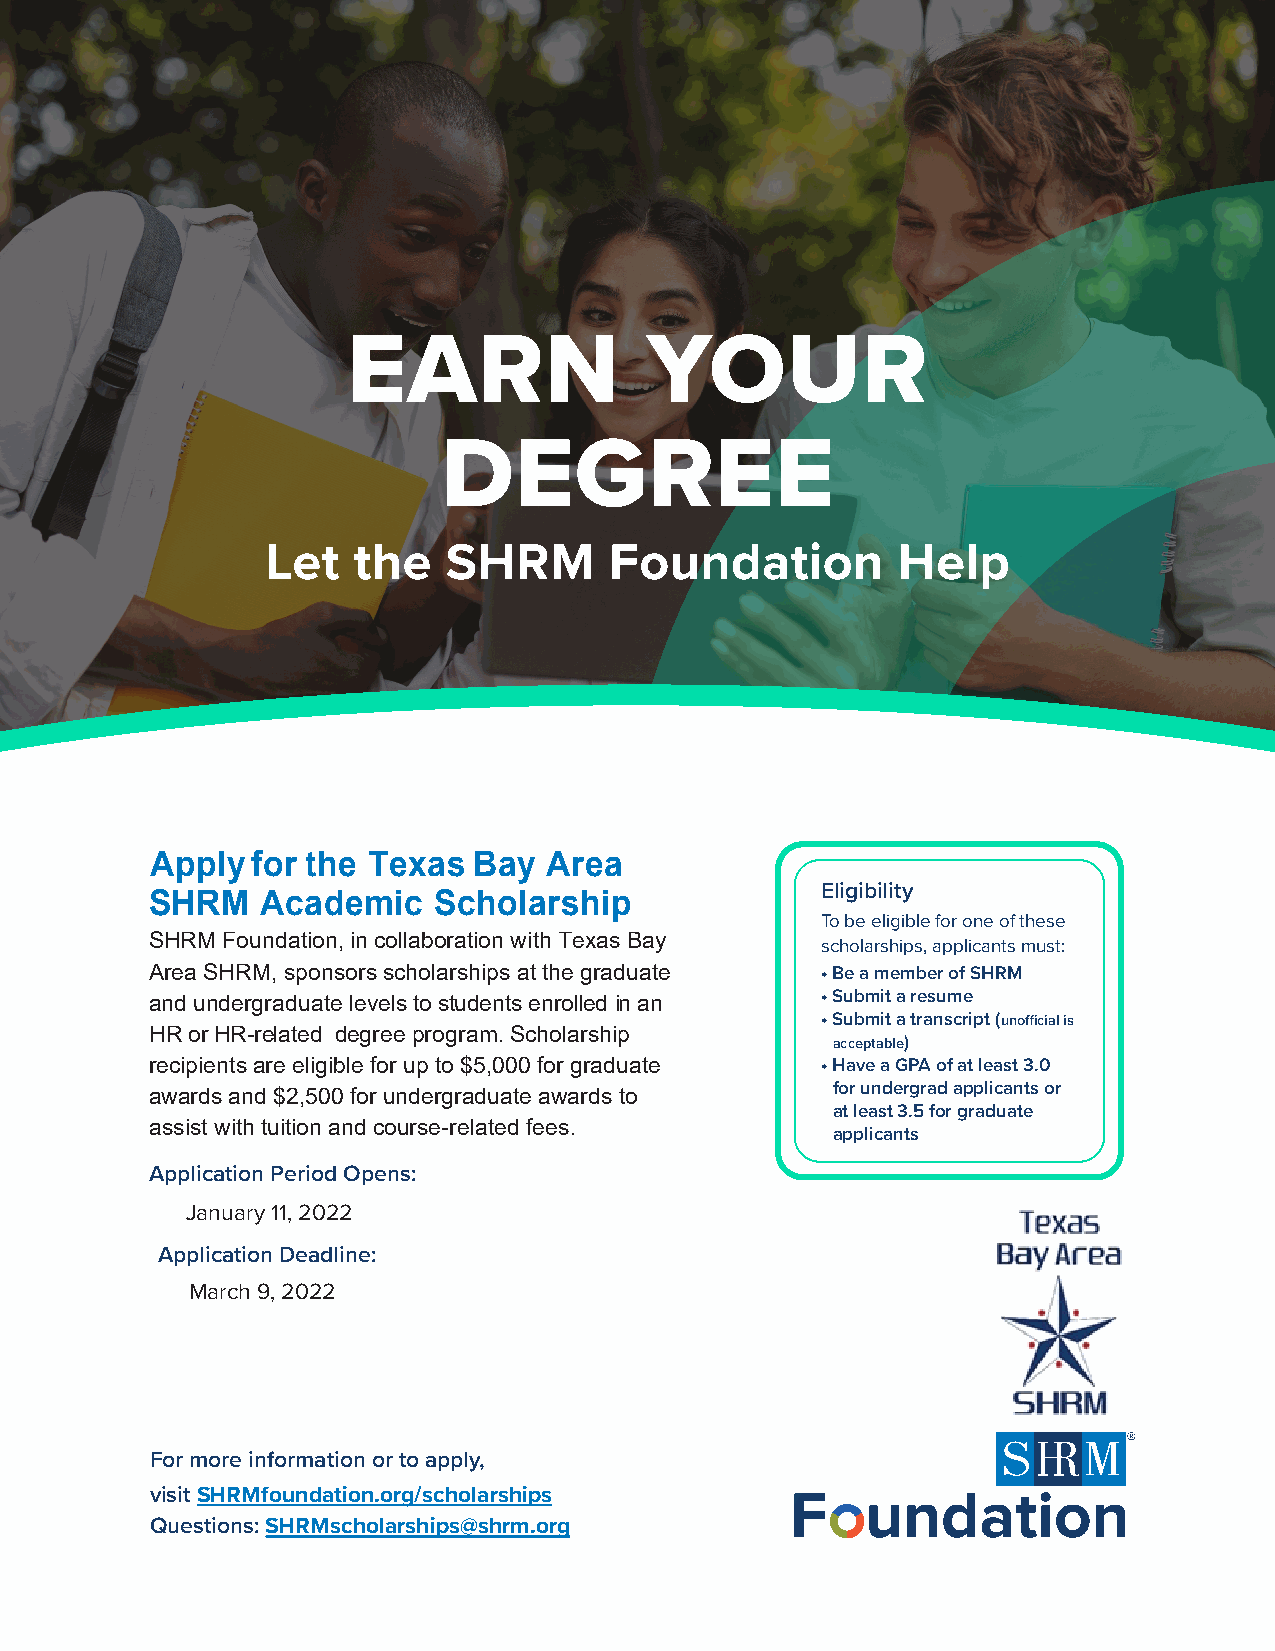
EARN                YOUR
 DEGREE
 Let  the    SHRM      Foundation         Help
 Apply  for the Texas Bay  Area
 Eligibility
 SHRM   Academic    Scholarship
 To be eligible for one of these
 SHRM Foundation, in collaboration with Texas Bay
 scholarships, applicants must:
 Area SHRM, sponsors scholarships at the graduate •Be a member of SHRM
 and undergraduate levels to students enrolled in an •Submit a resume
 •Submit a transcript (unofficial is
 HR or HR-related degree program. Scholarship
 acceptable)
 recipients are eligible for up to $5,000 for graduate •Have a GPA of at least 3.0
 for undergrad applicants or
 awards and $2,500 for undergraduate awards to
 at least 3.5 for graduate
 assist with tuition and course-related fees.
 applicants
 Application Period Opens:
 January 11, 2022
 Application Deadline:
 March 9, 2022
 For more information or to apply,
 visit SHRMfoundation.org/scholarships
 Questions: SHRMscholarships@shrm.org